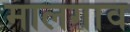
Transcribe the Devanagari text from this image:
मालगाव